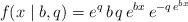
LaTeX: \begin{align*} f(x \mid b, q) = e^q \, b \, q \, e^{b x} \, e^{-q \, e^{bx}}\end{align*}